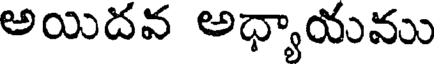
అయిదవ అధ్యాయము